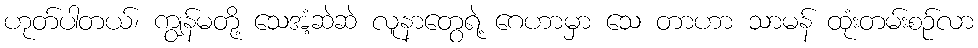
ဟုတ်ပါတယ်၊ ကျွန်မတို့ သေအံ့ဆဲဆဲ လူနာတွေရဲ့ ဂေဟာမှာ သေ တာဟာ သာမန် ထုံးတမ်းစဉ်လာ